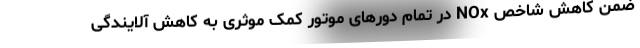
ضمن کاهش شاخص NOx در تمام دورهای موتور کمک موثری به کاهش آلایندگی